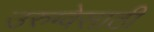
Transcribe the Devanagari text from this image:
उरुग्वेसाठी